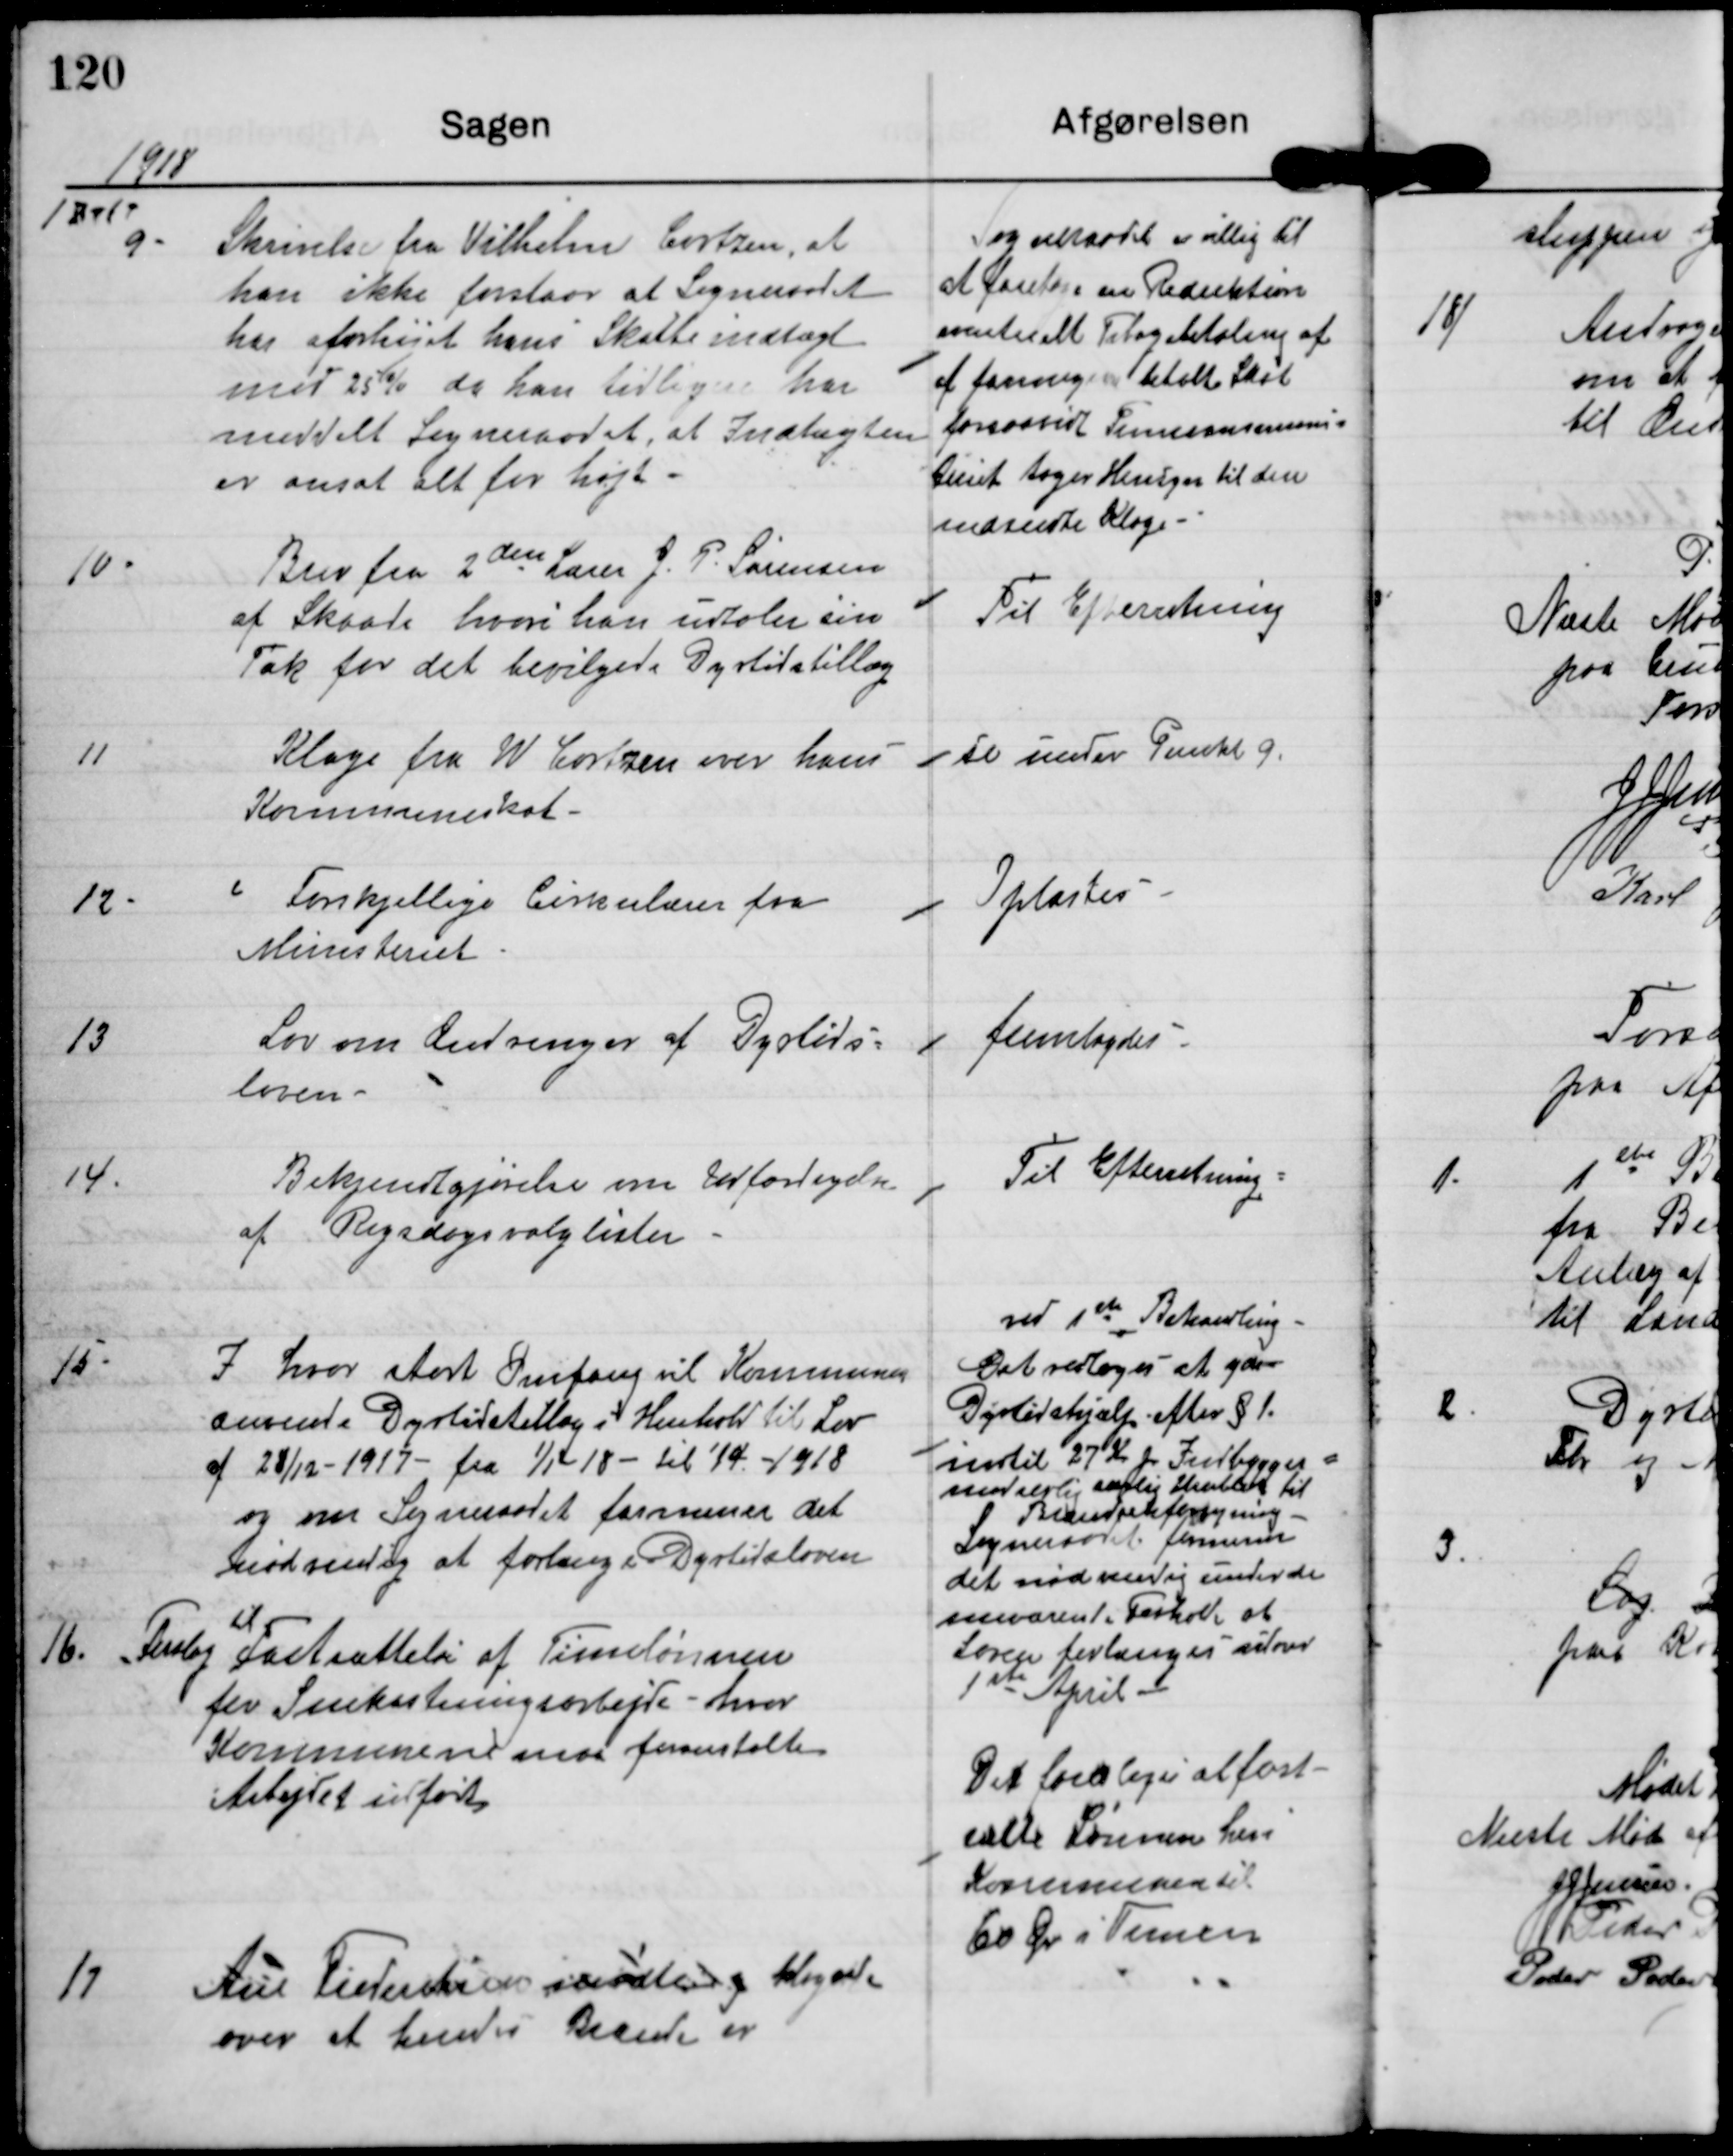
Transskription:
1918

1 A 1

9.

Skrivelse fra Vilhelm Cortzen, at
han ikke forstaar at Sogneraadet
har forhøjet hans Skatteindtægt
med 25% da han tidligere har
meddelt Sogneraadet, at Indtægten
er ansat alt for højt.

Sogneraadet er villig til
at foretage en Reduktion
eventuelt Tilbagebetaling af
af formegen betalt Skat
forsaavidt Finansmini-
steriet tager Hensyn til den
medsendte Klage.

10.

Brev fra 2den Lærer J.P. Sørensen
af Skaade hvori han udtaler sin
Tak for det bevilgede Dyrtidstillæg.

Til Efterretning

11

Klage fra W Cortzen over hans
Kommuneskat.

se under Punkt 9

12

Forskjellige Cirkulærer fra
Ministeriet.

Oplæstes

13

Lov om Ændringer af Dyrtids-
loven.

fremlagdes

14.

Bekjendtgjørelse om Udfærdigelse
af Rigsdagsvalglister.

Til Efterretning

15.

I hvor stort Omfang vil Kommunen
anvende Dyrtidstillæg i Henhold til Lov
af 28/12-1917 fra 1/1-18 til 1/4-1918
og om Sogneraadet formener det
nødvendig at forlænge Dyrtidsloven.

ved 1st Behandling
Det vedtoges at yde
Dyrtidshjælp efter §1..
indtil 27 kr pr Indbygger
med særlig særlig Henblik til
Brændselsforsyning
Sogneraadet formener
det nødvandig under de
nuværende Forhold at
Loven forlænges udover
1st April.

16.

Forslag Fastsættelse af Timelønnen
til
for Snekastningsarbejde, hvor
Kommunerne maa foranstalte
Arbejdet udført.

Der foresloges at fast-
sætte Lønnen her i
Kommunen til
60 Øre i Timen

17

Ane Frederiksen mødte og klagede
over at hendes Brænde er